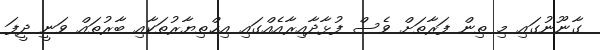
ގާނޫނުގައި މި ތިން ފަރާތަށް ވެސް ފުޅާދާއިރާއެއްގައި އިޚްތިޔާރުތަކާއި ބާރުތައް ވަނީ ދީފަ